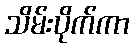
သိမ်းပိုက်ကာ